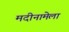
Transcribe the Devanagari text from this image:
मदीनामेला